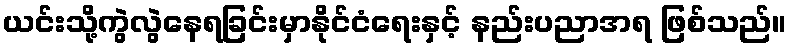
ယင်းသို့ကွဲလွဲနေရခြင်းမှာနိုင်ငံရေးနှင့် နည်းပညာအရ ဖြစ်သည်။